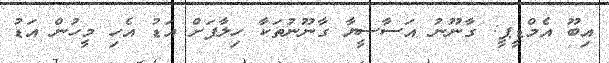
އިބޫ އެމްޑީޕީ: ގާނޫނު އަސާސީޔާ ގާނޫނުތަކާ ހިލާފަށް އަޑު އެހި މީހުން އަޑު